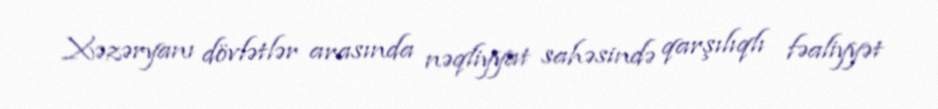
Xəzəryanı dövlətlər arasında nəqliyyat sahəsində qarşılıqlı fəaliyyət